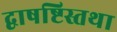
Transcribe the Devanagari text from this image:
द्वाषष्टिस्तथा